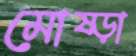
মোষ্‌ড়া